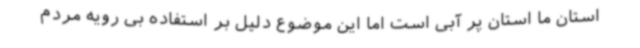
استان ما استان پر آبی است اما این موضوع دلیل بر استفاده بی رویه مردم